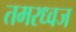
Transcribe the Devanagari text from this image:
तमरध्वज